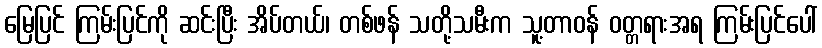
မြေပြင် ကြမ်းပြင်ကို ဆင်းပြီး အိပ်တယ်၊ တစ်ဖန် သတို့သမီးက သူ့တာဝန် ဝတ္တရားအရ ကြမ်းပြင်ပေါ်